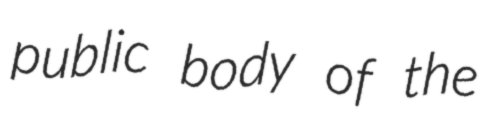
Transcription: public body of the